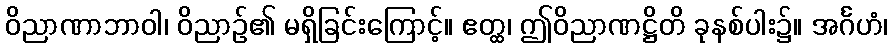
ဝိညာဏာဘာဝါ၊ ဝိညာဉ်၏ မရှိခြင်းကြောင့်။ ဧတ္ထ၊ ဤဝိညာဏဋ္ဌိတိ ခုနစ်ပါး၌။ အင်္ဂဟံ၊